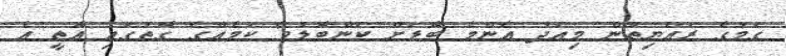
ގަމުގެ ރައްޔިތުން މިއަދު އެންމެ ބޮޑަށް ކަންބޮޑުވާ ކަމެއްގެ ގޮތުގައި އޮތީ އެ